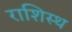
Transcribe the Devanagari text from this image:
राशिस्थ